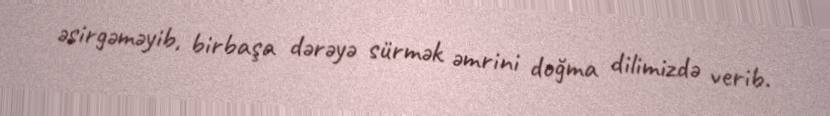
əsirgəməyib, birbaşa dərəyə sürmək əmrini doğma dilimizdə verib.